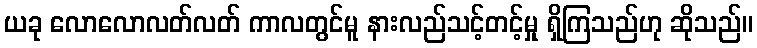
ယခု လောလောလတ်လတ် ကာလတွင်မူ နားလည်သင့်တင့်မှု ရှိကြသည်ဟု ဆိုသည်။